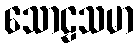
သောဠသမာ